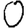
Digit: 0